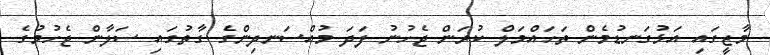
މާޒީގައި އަޅުގަނޑުމެން ތަހައްމަލް ކުރަން ޖެހުނު ފަދަ މުއްސަނދިންގެ ގާތުގައި ސަލާން ޖެހުމުގެ